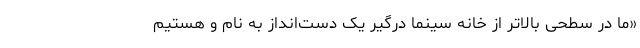
«ما در سطحی بالاتر از خانه سینما درگیر یک دست‌انداز به نام و هستیم